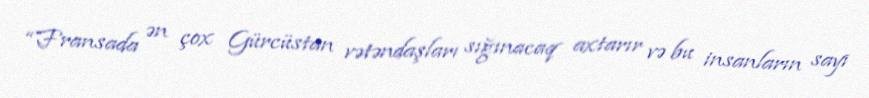
“Fransada ən çox Gürcüstan vətəndaşları sığınacaq axtarır və bu insanların sayı